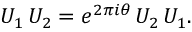
{ \cal U } _ { 1 } \, { \cal U } _ { 2 } = e ^ { 2 \pi i \theta } \, { \cal U } _ { 2 } \, { \cal U } _ { 1 } .